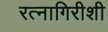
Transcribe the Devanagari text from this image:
रत्नागिरीशी